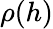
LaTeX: \rho(h)